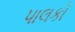
પાલકો